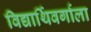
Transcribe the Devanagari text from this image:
विद्यार्थिवर्गाला